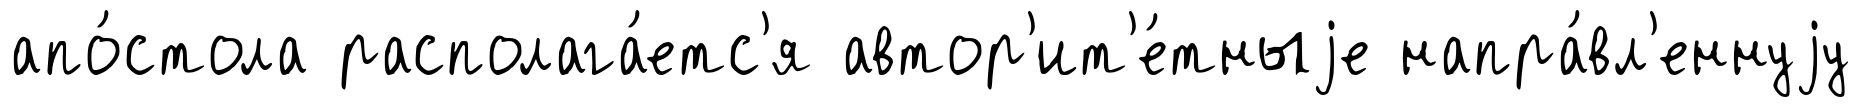
апо́стола располага́етс'я автор'ит'е́тныjе напра́вл'еннуjу